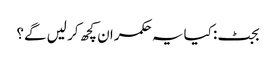
بجٹ: کیا یہ حکمران کچھ کر لیں گے؟